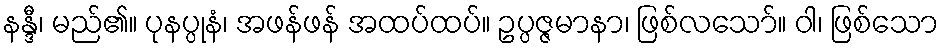
နန္ဒီ၊ မည်၏။ ပုနပ္ပုနံ၊ အဖန်ဖန် အထပ်ထပ်။ ဥပ္ပဇ္ဇမာနာ၊ ဖြစ်လသော်။ ဝါ၊ ဖြစ်သော